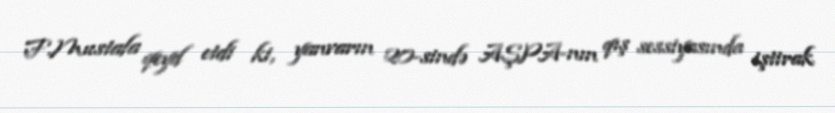
F.Mustafa qeyd etdi ki, yanvarın 20-sində AŞPA-nın qış sessiyasında iştirak